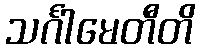
သင်္ဂါမေတီတိ